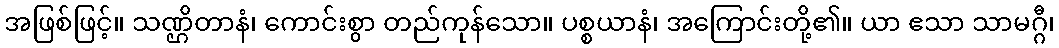
အဖြစ်ဖြင့်။ သဏ္ဌိတာနံ၊ ကောင်းစွာ တည်ကုန်သော။ ပစ္စယာနံ၊ အကြောင်းတို့၏။ ယာ ဧသာ သာမဂ္ဂီ၊